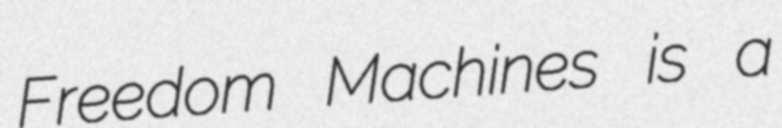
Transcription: Freedom Machines is a